Civil Veterinary Dept. Assam report 1927-50 - 1927-1950
Year: 1927
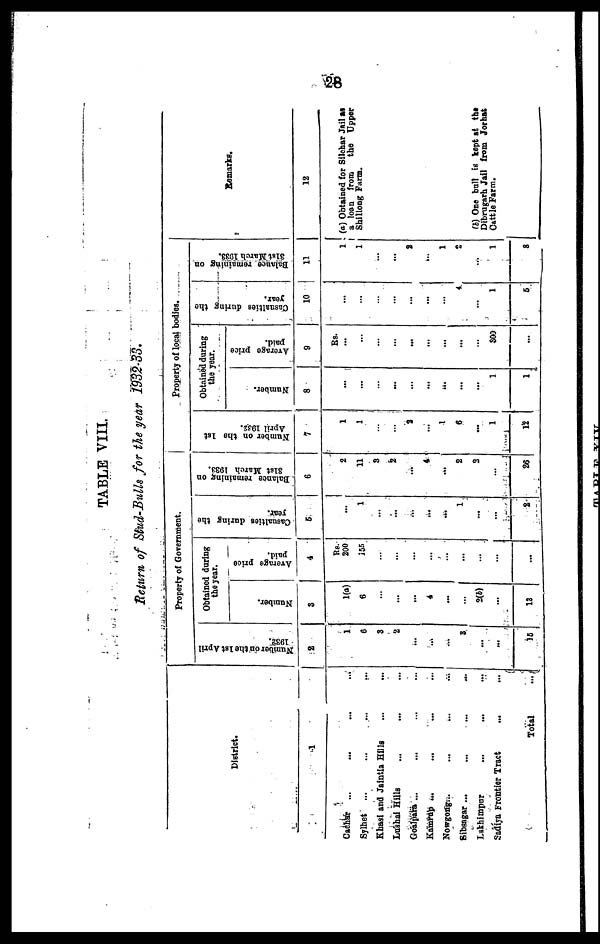
28
TABLE VIII.
Return of Stud-Bulls for the year 1932-33.
District.
1
Cachar ... ... ... ...
Sylhet
... ... ... ...
Khasi and Jaintia Hills ... ...
Lushai Hills ... ... ...
Goalpara ... ... ... ...
Kamrup ... ... ... ...
Nowgong... ... ... ...
Sibsagar ...
...
...
...
Lakhimpur ... ... ...
Sadiya Frontier Tract ... ...
Total
...
Property of Government.
Number on the 1st April
1932.
2
1
0
3
2
...
...
...
3
...
...
18
Obtained daring
the year.
Number.
3
1(a)
6
...
...
...
4
...
...
2(b)
13
Average price
paid.
4
Rs
200
155
...
...
...
...
...
...
...
...
Casualties during the
year.
5
...
1
...
...
...
...
...
1
...
2
Balance remaining on
31st March 1033.
6
2
11
3
2
...
4
...
2
3
26
Property of local bodies.
Number on the 1st
April 1932.
7
1
1
...
...
2
...
1
6
...
1
12
Obtained during
the year.
Number.
8
...
...
...
...
...
...
...
...
1
1
Average price
paid.
9
Rs.
...
...
...
...
...
...
...
...
...
300
...
Casualties during the
year.
10
...
...
...
...
...
...
4
...
1
6
Balance remaining on
31st March 1933.
11
1
1
...
...
8
...
1
...
...
1
8
Remarks.
12
(a) Obtained for Silchar Jail as
a loan from
the Upper
Shillong Farm.
(b) One bull is kept at the
Dibrugarh Jail from Jorhat
Cattle Farm.